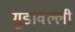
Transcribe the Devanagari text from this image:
गुडावल्ली